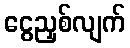
ငွေညှစ်လျက်